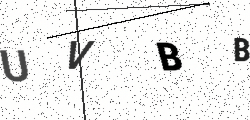
Text: UVBB